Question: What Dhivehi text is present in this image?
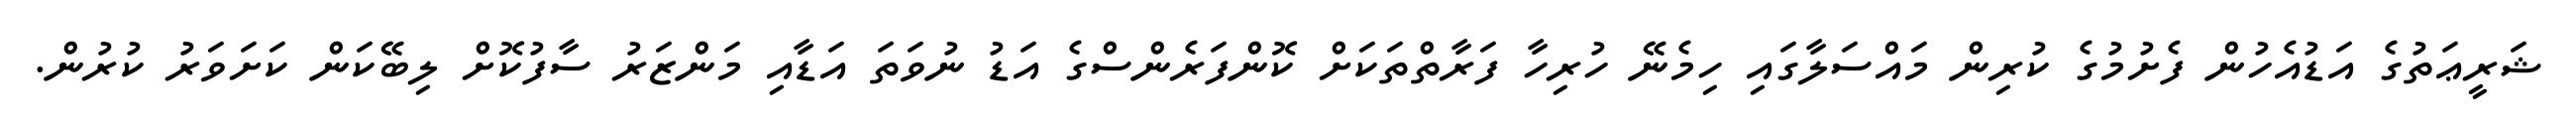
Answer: ޝަރީޢަތުގެ އަޑުއެހުން ފެށުމުގެ ކުރިން މައްސަލާގައި ހިމެނޭ ހުރިހާ ފަރާތްތަކަށް ކޮންފަރެންސްގެ އަޑު ނުވަތަ އަޑާއި މަންޒަރު ސާފުކޮށް ލިބޭކަން ކަށަވަރު ކުރުން.